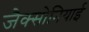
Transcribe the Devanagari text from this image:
जैक्सोनियाई